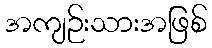
အကျဉ်းသားအဖြစ်